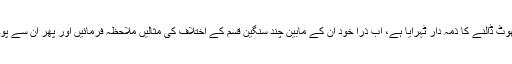
نام نہاد اہل حدیث نے اجتہادی اختلاف کی بناء پر ائمہ مجتہدین پر امت میں پھوٹ ڈالنے کا ذمہ دار ٹہرایا ہے، اب ذرا خود ان کے مابین چند سنگین قسم کے اختلاف کی مثالیں ملاحظہ فرمائیں اور پھر ان سے پوچھئے کہ جناب آپ کے ان اکابر میں سے حق پر کون ہے اور باطل پر کون؟